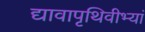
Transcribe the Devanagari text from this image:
द्यावापृथिवीभ्यां